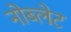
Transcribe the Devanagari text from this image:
नोब्लेट